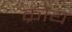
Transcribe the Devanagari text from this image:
क्रौय